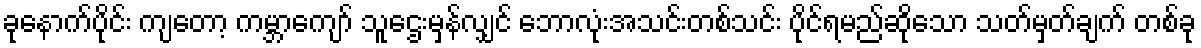
ခုနောက်ပိုင်း ကျတော့ ကမ္ဘာကျော် သူဌေးမှန်လျှင် ဘောလုံးအသင်းတစ်သင်း ပိုင်ရမည်ဆိုသော သတ်မှတ်ချက် တစ်ခု